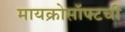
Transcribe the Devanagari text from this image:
मायक्रोसॉफ्टची